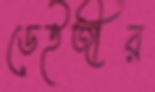
ডেইজীর